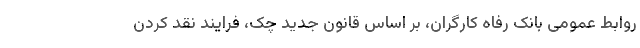
روابط عمومی بانک رفاه کارگران، بر اساس قانون جدید چک، فرایند نقد کردن